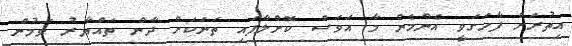
އިތުރަށް ފާހަގަވީ އެންމެން މާ އަވަސް ކޮށްލާފައި ތަނަކަށް ދާން ތައްޔާރު ވަމުން